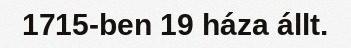
1715-ben 19 háza állt.